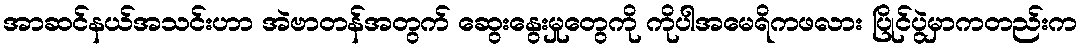
အာဆင်နယ်အသင်းဟာ အဲဗာတန်အတွက် ဆွေးနွေးမှုတွေကို ကိုပါအမေရိကဖလား ပြိုင်ပွဲမှာကတည်းက